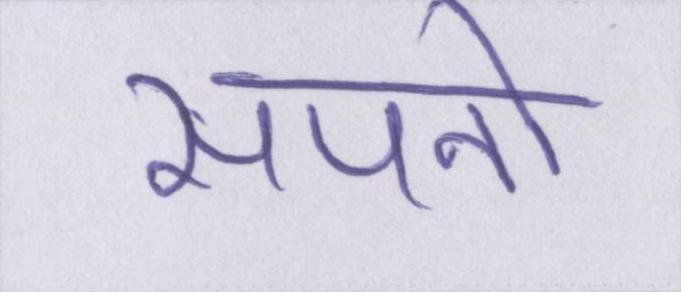
सपनो